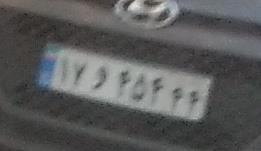
۱۷و۴۵۴۴۴